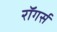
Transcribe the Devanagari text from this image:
रॉगर्स